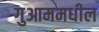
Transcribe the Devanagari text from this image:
गुआममधील